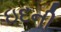
ઇદની